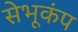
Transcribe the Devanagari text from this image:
सेभूकंप